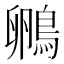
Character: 𮬺